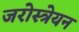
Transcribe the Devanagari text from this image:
जरोस्त्रेयन